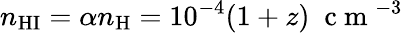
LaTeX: n_{\mathrm{HI}}=\alpha n_{\mathrm{H}}=10^{-4}(1+z)\; \mathrm{~c~m~}^{-3}